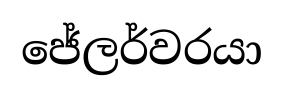
ජේලර්වරයා